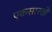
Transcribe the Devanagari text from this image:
एकसारखें